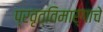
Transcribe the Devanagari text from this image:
प्रवृत्तिमार्गाचे